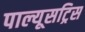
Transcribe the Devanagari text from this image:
पाल्यूसट्रिस